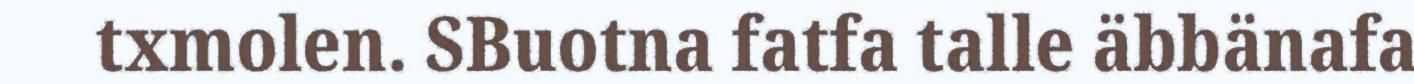
txmolen. SBuotna fatfa talle äbbänafa